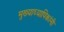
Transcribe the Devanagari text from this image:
मुख्याध्यापिकांनी